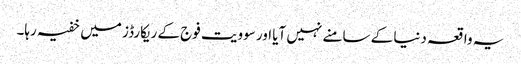
یہ واقعہ دنیا کے سامنے نہیں آیا اور سوویت فوج کے ریکارڈز میں خفیہ رہا۔